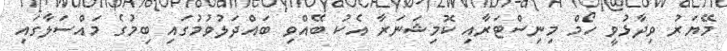
މޭޔަރު ވިދާޅުވީ ހޯމް މިނިސްޓަރާއި ކޮމިޝަނަރާ އެކު ބޭއްވި ބައްދަލުވުމުގައި ބިމުގެ މައްސަލާގައި